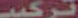
تركيب